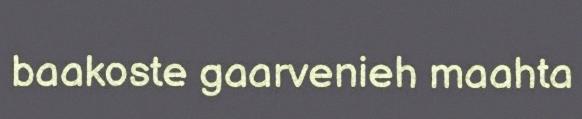
baakoste gaarvenieh maahta